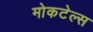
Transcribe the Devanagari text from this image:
मोकटेल्स